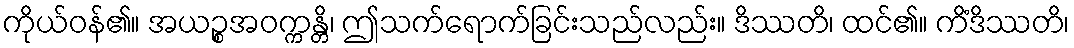
ကိုယ်ဝန်၏။ အယဉ္စအဝက္ကန္တိ၊ ဤသက်ရောက်ခြင်းသည်လည်း။ ဒိဿတိ၊ ထင်၏။ ကိံဒိဿတိ၊